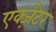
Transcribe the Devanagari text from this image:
एक्ज़ेटर